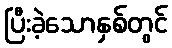
ပြီးခဲ့သောနှစ်တွင်